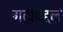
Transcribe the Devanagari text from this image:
गटांबद्दल